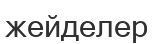
жейделер